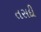
તસદી